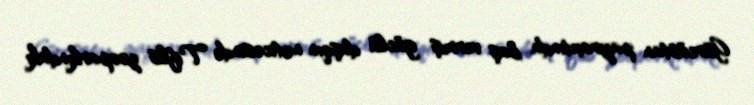
Gürcüstan payraxtında baş vermiş güclü daşqın nəticəsində Tiflis zooparkındakı